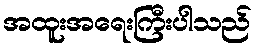
အထူးအရေးကြီးပါသည်